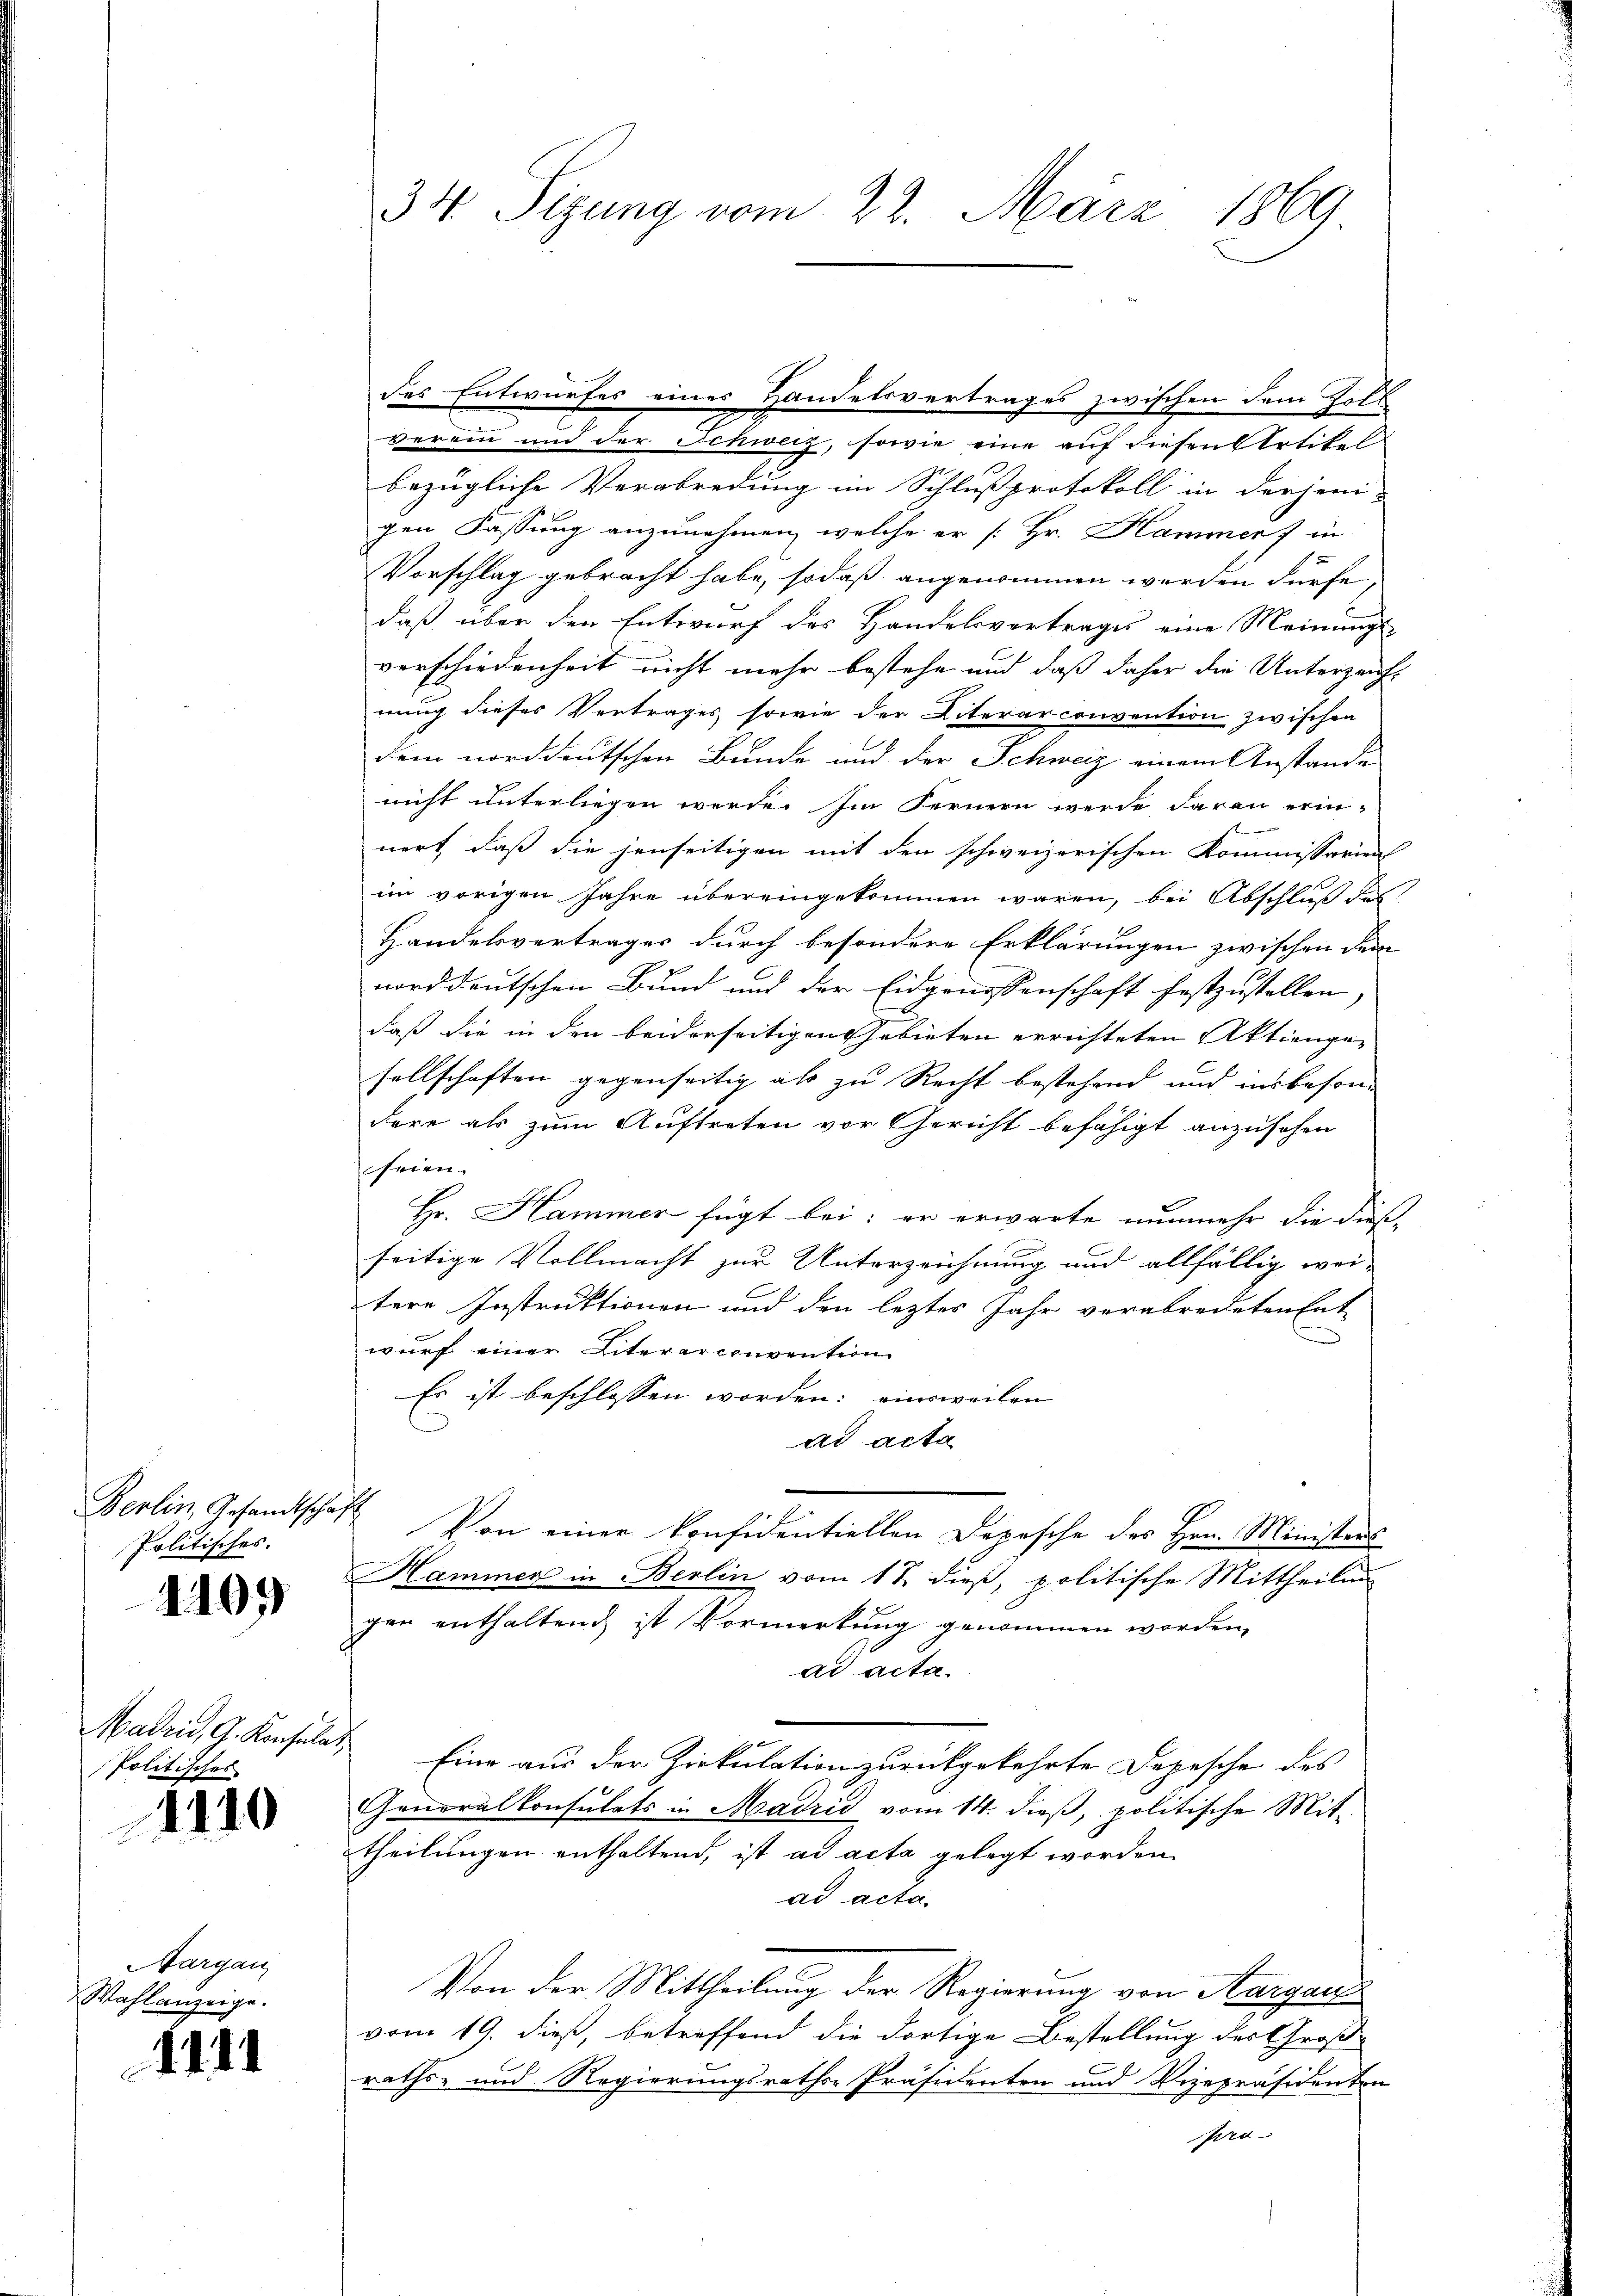
Politisches.

1109

Madzić, G. Konsulat
Politisches

1110

Aargau
Wahlanzeige.

111

34 Sizung vom 22. März 1869

des Entwurfes eines Handelsvertrages zwischen dem Zoll
verein und der Schweiz, sowie eine auf diesen Artikel
bezügliche Verabredung im Schlußprotokoll in derjeni-
gen Fassung anzunehmen, welche er [Hr. Hammer 7 in
Vorschlag gebracht habe, sodaß angenommen werden dürfe,
daß über den Entwurf des Handelsvertrages eine Meinungs-
verschiedenheit nicht mehr bestehe und daß daher die Unterzeichnung dieses Vertrages, sowie der Literar convention zwischen
deen norddeutschen Bunde und der Schweiz einem Anstande
nicht unterliegen werde. Im Fernern werde daran erin-
nert, daß die jenseitigen mit den schweizerischen Kommissorien
im vorigen Jahre übereingekommen wären, bei Abschluß des
Handelsvertrages durch besondere Erklärungen zwischen dem
norddeutschen Bund und der Eidgenossenschaft festzustellen,
daß die in den beiderseitigen Gebieten errichteten Aktienge-
sellschaften gegenseitig als zu Recht bestehend und insbeson-
dere als zum Auftreten vor Gericht befähigt anzusehen
frien.
Hr. Hammer fügt bei; er erwarte nunmehr die diese
seitige Vollmacht zur Unterzeichnung und allfällig wei-
tere Instruktionen und den letztes Jahr verabredeten Ent-
wurf einer Literer convention
Es ist beschlossen worden; einsweilen
ad acta
Berlin, Gesandtschaft Von einer konfidentiellen Depesche des Hrn. Ministers
Hammen in Berlin vom 17. dieß, politische Mittheilung
zen enthaltend ist Vormerkung genommen worden,
ad acta.
Eine aus der Ziekulation zurückgekehrte Depesche des
Generalkonsulats in Madrid vom 14. dieß, politische Mit-
theilungen enthaltend, ist ad acta gelegt worden
ad acta.
Von der Mittheilung der Regierung von Aargar
vom 19. dieß, betreffend die dortige Bestellung des Groß-
raths- und Regierungsraths-Präsidenten und Vizepräsidenten
pro